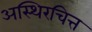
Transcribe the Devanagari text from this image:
अस्थिरचित्त